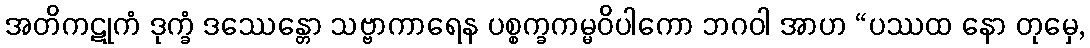
အတိကဋုကံ ဒုက္ခံ ဒဿေန္တော သဗ္ဗာကာရေန ပစ္စက္ခကမ္မဝိပါကော ဘဂဝါ အာဟ “ပဿထ နော တုမှေ,